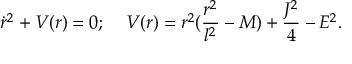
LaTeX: \dot { r } ^ { 2 } + V ( r ) = 0 ; \; \; \; \; V ( r ) = r ^ { 2 } ( \frac { r ^ { 2 } } { l ^ { 2 } } - M ) + \frac { J ^ { 2 } } { 4 } - E ^ { 2 } .